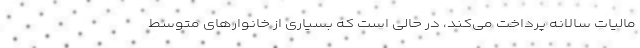
مالیات سالانه پرداخت می‌کند، در حالی است که بسیاری از خانوارهای متوسط